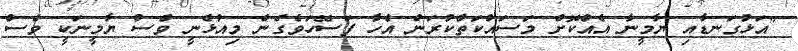
"އަޅުގަނޑާއި ޔާމީނާ އެއްކޮށް މަސައްކަތްކުރަން އެހާ ފަސޭހަވެގެން މިއުޅެނީ ވެސް ޔާމީނަކީ ވެސް